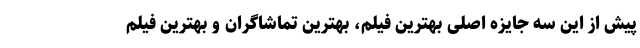
پیش از این سه جایزه اصلی بهترین فیلم، بهترین تماشاگران و بهترین فیلم